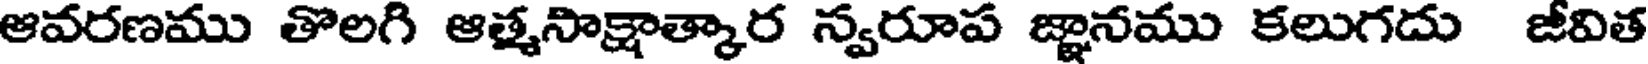
ఆవరణము తొలగి ఆత్మనాక్షాత్కార న్వరూప జ్ఞానము కలుగదు జీవిత